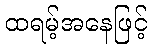
ထရမ့်အနေဖြင့်